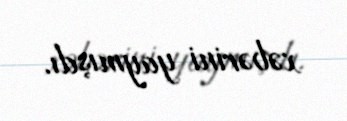
xəbərini yaymışdı.